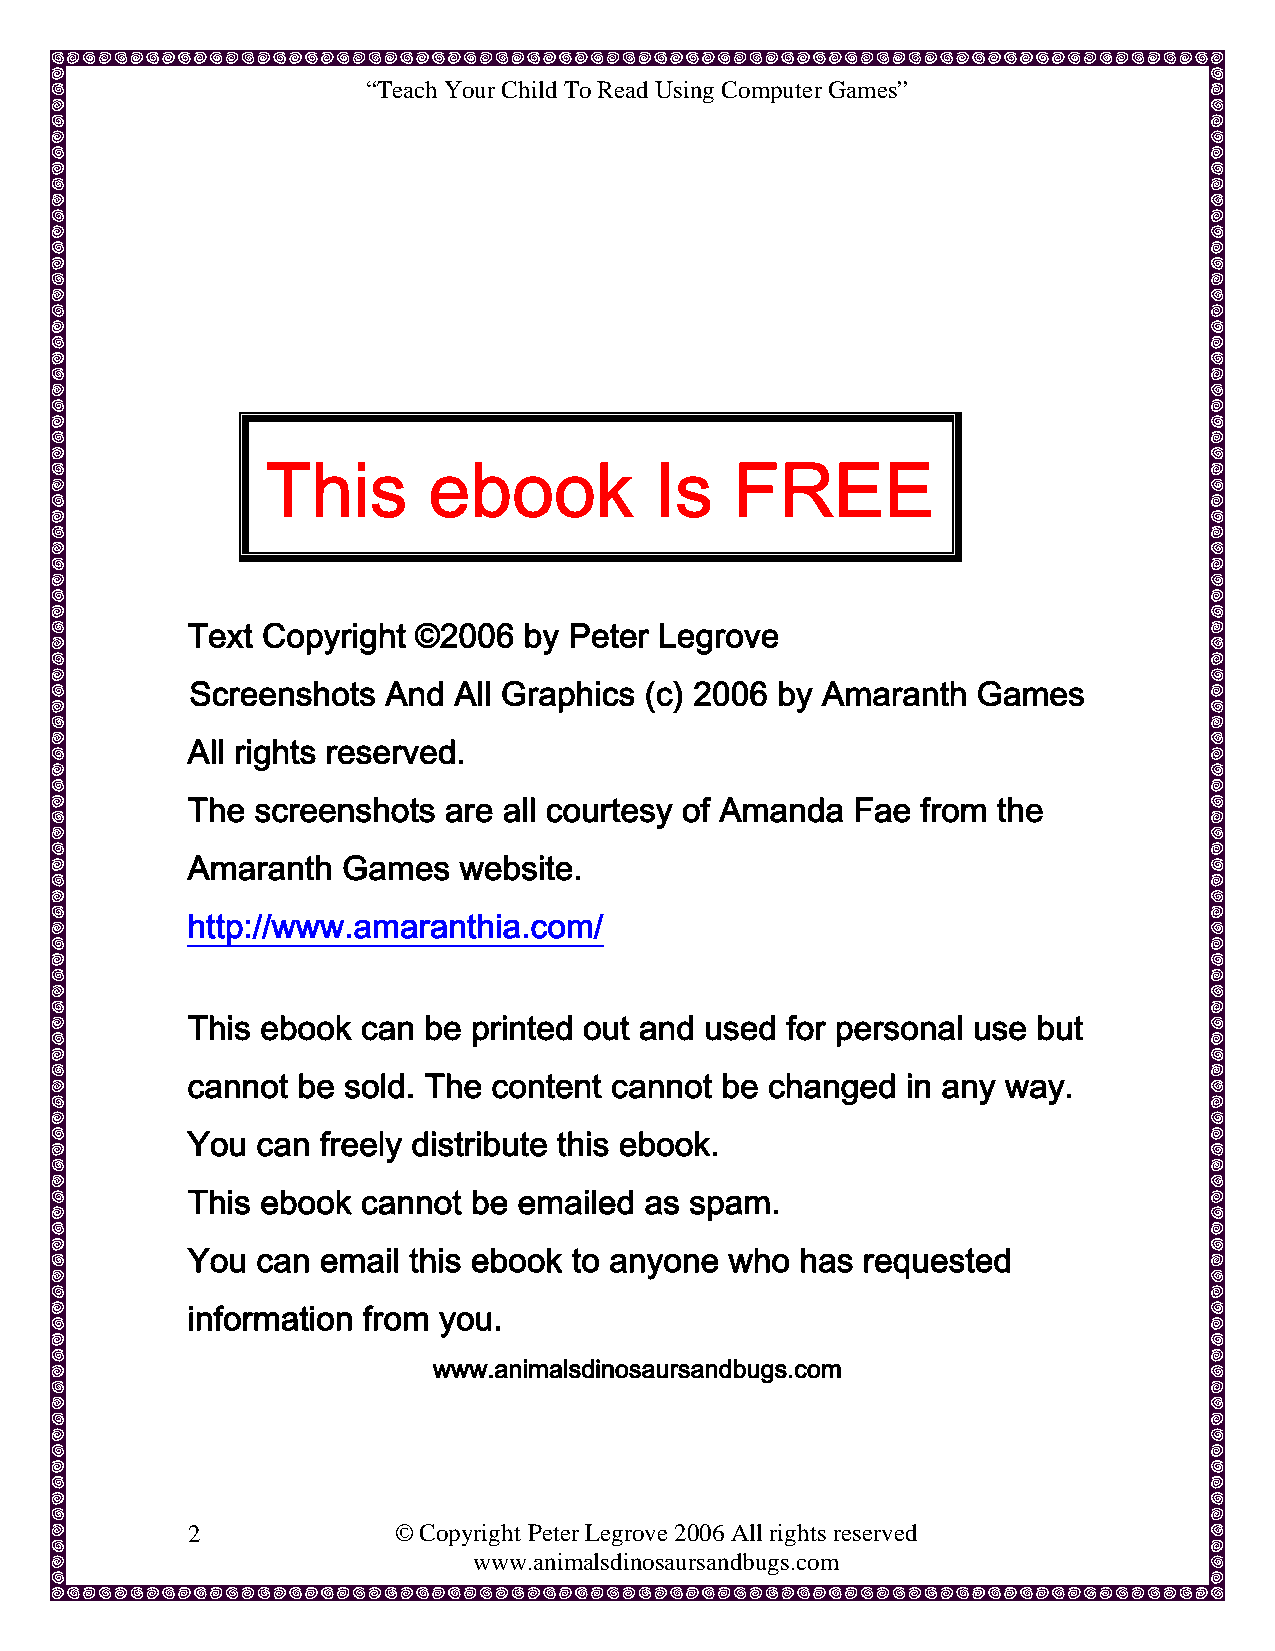
“Teach Your Child To Read Using Computer Games”
 This      ebook          Is    FREE
 Text Copyright ©2006   by Peter Legrove
 Screenshots  And All Graphics (c) 2006 by Amaranth  Games
 All rights reserved.
 The  screenshots are all courtesy of Amanda  Fae from the
 Amaranth   Games  website.
 http://www.amaranthia.com/
 This ebook  can be printed out and used for personal use but
 cannot  be sold. The content cannot be changed  in any way.
 You  can freely distribute this ebook.
 This ebook  cannot be emailed  as spam.
 You  can email this ebook to anyone who  has requested
 information from you.
 www.animalsdinosaursandbugs.com
 2             © Copyright Peter Legrove 2006 All rights reserved
 www.animalsdinosaursandbugs.com